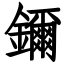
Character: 鑈